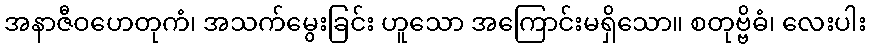
အနာဇီဝဟေတုကံ၊ အသက်မွေးခြင်း ဟူသော အကြောင်းမရှိသော။ စတုဗ္ဗိဓံ၊ လေးပါး